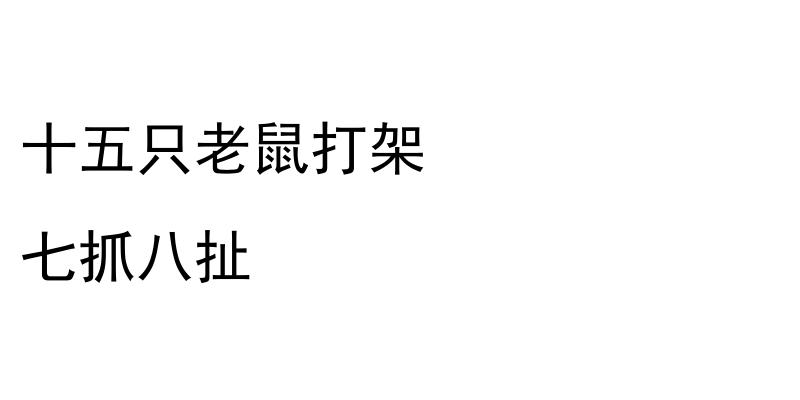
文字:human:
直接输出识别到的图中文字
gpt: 十五只老鼠打架 七抓八扯